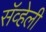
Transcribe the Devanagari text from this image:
सॅव्हेली